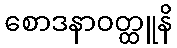
စောဒနာဝတ္ထူနိ